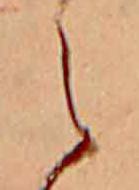
え